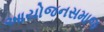
આયોજનસમાજ